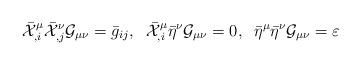
LaTeX: \begin{align*}\bar{\cal X}^{\mu}_{,i}\bar{\cal X}^{\nu}_{,j}{\cal G}_{\mu\nu}=\bar{g}_{ij},\;\;\bar{\cal X}^{\mu}_{,i}\bar\eta^{\nu}{\cal G}_{\mu\nu}=0,\;\;\bar{\eta}^{\mu}\bar{\eta}^{\nu}{\cal G}_{\mu\nu}= \varepsilon\end{align*}